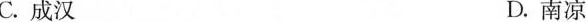
C.成汉 D.南凉